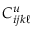
C _ { i j k \ell } ^ { u }